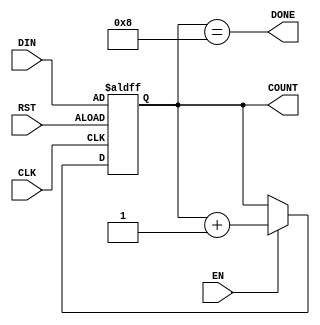
module counter_loadable     (CLK,        //input         assert posedge to increment/decrement counter                                                                          
                             EN,         //input         enable signal (assert to allow counter to count)
                             RST,        //input         assert to set counter               
                             DIN,        //input         data to set counter to
                             DONE,       //output        asserted if count is reached                             
                             COUNT);     //output [n:0]  current count
    
    //////////MODULE PARAMETERS//////////
                
    parameter      n=4,         //width of counter                   
                   start=0,     //This value doesn't matter.. dummy var to make parameters the same
                   final=8,     //ending value of counter
                   step=1;  //step to increment by (set to -1 for decrementing)
                   

    //////////SIGNALS ///////////////////
    
    input          CLK;
    input          RST;
    input          EN;
    input  [n-1:0] DIN;
    output         DONE;
    output [n-1:0] COUNT; 


    ///////////IMPLEMENTATION//////////////////////
    reg [n-1:0] COUNT;

    always @ (posedge CLK or posedge RST)
    begin
        if (RST)
            #5 COUNT = DIN;
        else if (EN)
            #5 COUNT = COUNT + step;        
    end                

    assign DONE = (COUNT == final);
        
endmodule